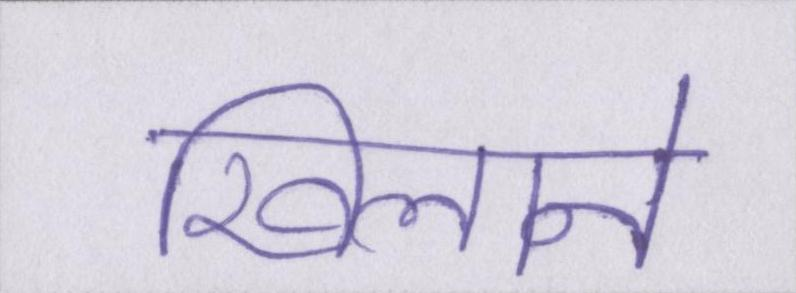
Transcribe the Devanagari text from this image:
खिलाने